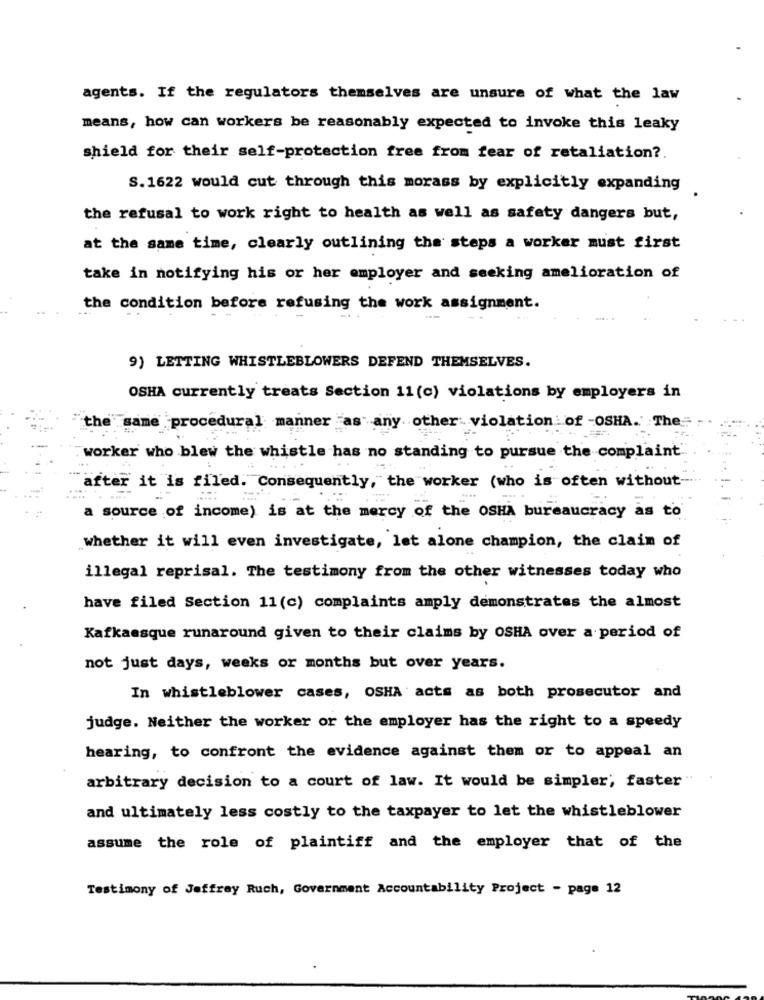
agents. If the regulators themselves are unsure of what the law
means, how can workers be reasonably expected to invoke this leaky
shield for their self-protection free from fear of retaliation ?.
S. 1622 would cut through this morass by explicitly expanding
the refusal to work right to health as well as safety dangers but,
at the same time, clearly outlining the steps a worker must first
take in notifying his or her employer and seeking amelioration of
the condition before refusing the work assignment.
9) LETTING WHISTLEBLOWERS DEFEND THEMSELVES.
OSHA currently treats Section 11(c) violations by employers in
the same procedural manner as any other violation of -OSHA. The
worker who blew the whistle has no standing to pursue the complaint.
after it is filed. Consequently, the worker (who is often without
a source of income) is at the mercy of the OSHA bureaucracy as to
whether it will even investigate, let alone champion, the claim of
illegal reprisal. The testimony from the other witnesses today who
have filed Section 11(c) complaints amply demonstrates the almost
Kafkaesque runaround given to their claims by OSHA over a period of
not just days, weeks or months but over years.
In whistleblower cases, OSHA acts as both prosecutor and
judge. Neither the worker or the employer has the right to a speedy
hearing, to confront the evidence against them or to appeal an
arbitrary decision to a court of law. It would be simpler; faster
and ultimately less costly to the taxpayer to let the whistleblower
assume the role of plaintiff and the employer that of the
Testimony of Jeffrey Ruch, Government Accountability Project - page 12